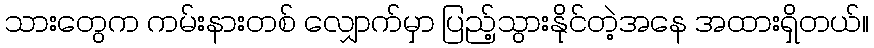
သားတွေက ကမ်းနားတစ် လျှောက်မှာ ပြည့်သွားနိုင်တဲ့အနေ အထားရှိတယ်။